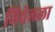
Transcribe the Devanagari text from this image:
मिचेलला